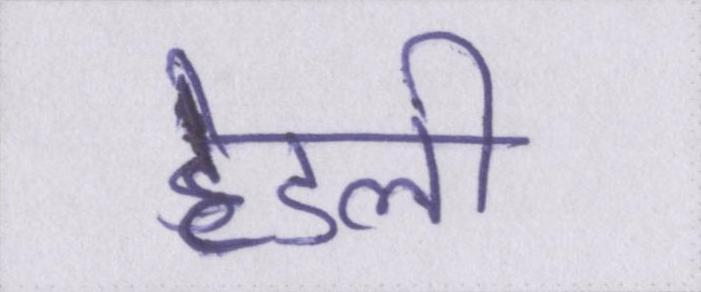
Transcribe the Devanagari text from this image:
हेडली